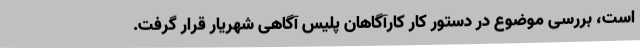
است، بررسی موضوع در دستور کار کارآگاهان پلیس آگاهی شهریار قرار گرفت.